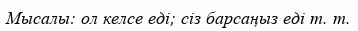
Мысалы: ол келсе еді; сіз барсаңыз еді т. т.